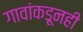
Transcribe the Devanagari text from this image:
गावांकडूनही